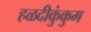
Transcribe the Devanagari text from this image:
हळदीकुंकुम